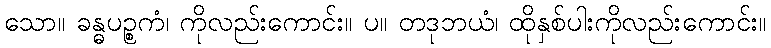
သော။ ခန္ဓပဉ္စကံ၊ ကိုလည်းကောင်း။ ပ။ တဒုဘယံ၊ ထိုနှစ်ပါးကိုလည်းကောင်း။